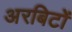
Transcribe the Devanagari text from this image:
अरबिटों